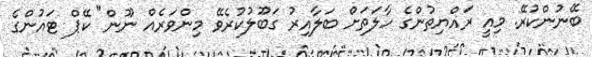
ބޭނުންކުރޭ. މިއީ ރައްޔިތުންގެ ހާލަތަށް ބަލާއިރު ގަބޫލުކުރެވޭ މިންވަރެއް ނޫން" ކޭޕް ޓައުންގެ